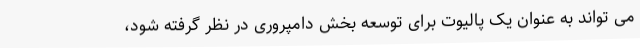
می تواند به عنوان یک پالیوت برای توسعه بخش دامپروری در نظر گرفته شود،